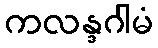
ကလန္ဒဂါမံ